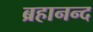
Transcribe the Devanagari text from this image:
ब्रहानन्द